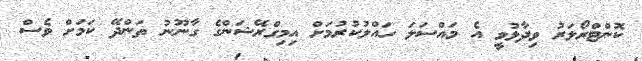
ކޮންޓްރޯލަރު ވިދާޅުވީ އެ މައްސަލަ ހައްލުކުރުމަށް އިމިގްރޭޝަންގެ ގާނޫނު ތަންދޭ ކަމަށް ވެސް